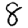
Digit: 8